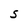
Character: S